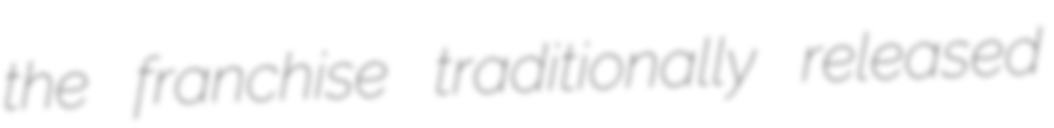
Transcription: the franchise traditionally released